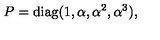
P = \mathrm { d i a g } ( 1 , \alpha , \alpha ^ { 2 } , \alpha ^ { 3 } ) ,